Report of an investigation into the causes of malaria in Bombay and the measures necessary for its control
Disease focus: Malaria
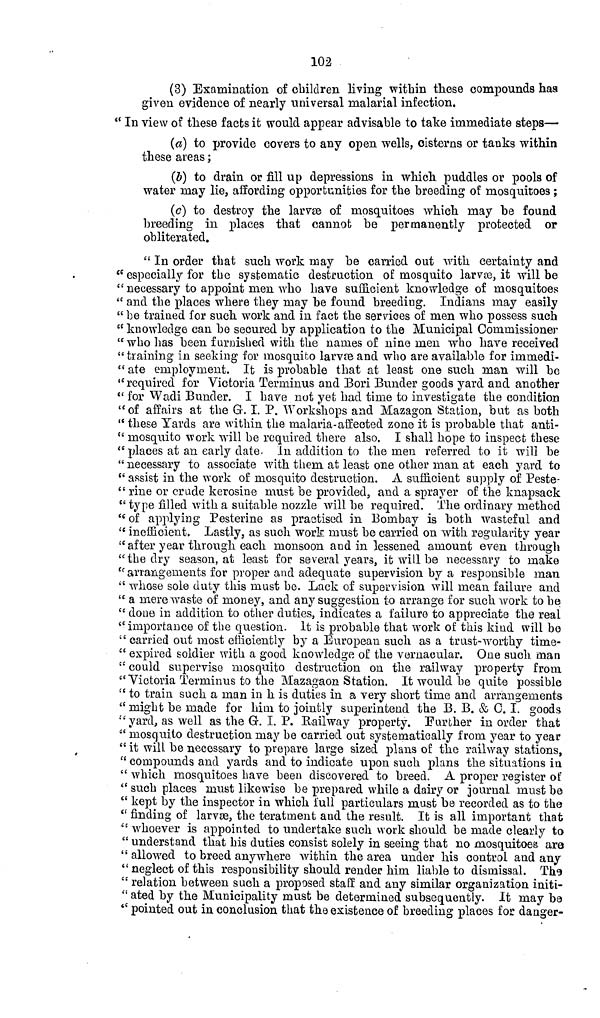
102
(3) Examination of children living within these compounds has
given evidence of nearly universal malarial infection.
" In view of these facts it would appear advisable to take immediate steps—
(a) to provide covers to any open wells, cisterns or tanks within
these areas;
(b) to drain or fill up depressions in which puddles or pools of
water may lie, affording opportunities for the breeding of mosquitoes;
(c) to destroy the larvae of mosquitoes which may be found
breeding in places that cannot be permanently protected or
obliterated.
" In order that such work may be carried out with certainty and
" especially for the systematic destruction of mosquito larvae, it will be
" necessary to appoint men who have sufficient knowledge of mosquitoes
" and the places where they may be found breeding. Indians may easily
" be trained for such work and in fact the services of men who possess such
" knowledge can be secured by application to the Municipal Commissioner
"who has been furnished with the names of nine men who have received
" training in seeking for mosquito larvae and who are available for immedi-
" ate employment. It is probable that at least one such man will be
" required for Victoria Terminus and Bori Bunder goods yard and another
" for Wadi Bunder. I have not yet had time to investigate the condition
"of affairs at the G. I. P. Workshops and Mazagon Station, but as both
" these Yards are within the malaria-affected zone it is probable that anti-
" mosquito work will be required there also. I shall hope to inspect these
"places at an early date. In addition to the men referred to it will be
" necessary to associate with them at least one other man at each yard to
" assist in the work of mosquito destruction. A sufficient supply of Peste-
" rine or crude kerosine must be provided, and a sprayer of the knapsack
" type filled with a suitable nozzle will be required. The ordinary method
" of applying Pesterine as practised in Bombay is both wasteful and
" inefficient. Lastly, as such work must be carried on with regularity year
" after year through each monsoon and in lessened amount even through
" the dry season, at least for several years, it will be necessary to make
" arrangements for proper and adequate supervision by a responsible man
" whose sole duty this must be. Lack of supervision will mean failure and
" a mere waste of money, and any suggestion to arrange for such work to be
" done in addition to other duties, indicates a failure to appreciate the real
" importance of the question. It is probable that work of this kind will be
" carried out most efficiently by a European such as a trust-worthy time-
" expired soldier with a good knowledge of the vernacular. One such man
" could supervise mosquito destruction on the railway property from
" Victoria Terminus to the Mazagaon Station. It would be quite possible
" to train such a man in h is duties in a very short time and arrangements
" might be made for him to jointly superintend the B. B. & C. I. goods
'"'yard, as well as the G. I. P. Railway property. Further in order that
" mosquito destruction may be carried out systematically from year to year
" it will be necessary to prepare large sized plans of: the railway stations,
" compounds and yards and to indicate upon such plans the situations in
" which mosquitoes have been discovered to breed. A proper register of
" such places must likewise be prepared while a dairy or journal must be
" kept by the inspector in which full particulars must be recorded as to the
" finding of larvae, the teratment and the result. It is all important that
" whoever is appointed to undertake such work should be made clearly to
" understand that his duties consist solely in seeing that no mosquitoes are
" allowed to breed anywhere within the area under his control and any
"neglect of this responsibility should render him liable to dismissal. The
" relation between such a proposed staff and any similar organization initi-
" ated by the Municipality must be determined subsequently. It may be
" pointed out in conclusion that the existence of breeding places for danger-